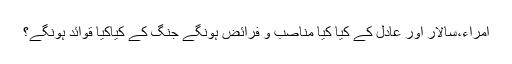
امراء،سالار اور عادل کے کیا کیا مناصب و فرائض ہونگے جنگ کے کیاکیا قوائد ہونگے؟